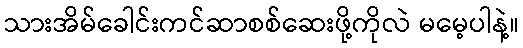
သားအိမ်ခေါင်းကင်ဆာစစ်ဆေးဖို့ကိုလဲ မမေ့ပါနဲ့။